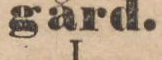
gård.